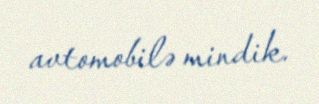
avtomobilə mindik.